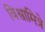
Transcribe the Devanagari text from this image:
विश्वामित्रे